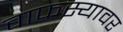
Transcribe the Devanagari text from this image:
वाफस्यावर